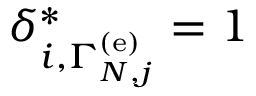
\delta _ { i , \Gamma _ { N , j } ^ { \left( \mathrm { e } \right) } } ^ { * } = 1